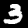
Label: 3